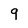
Character: 9